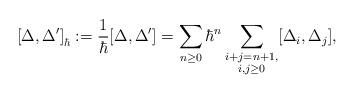
LaTeX: \begin{align*} \left[\Delta,\Delta'\right]_\hbar:= \frac{1}{\hbar}[\Delta, \Delta']=\sum_{n\geq 0} \hbar^n \sum_{ \substack{i+j=n+1,\\ i, j \geq 0}}[\Delta_{i},\Delta_{j}],\end{align*}